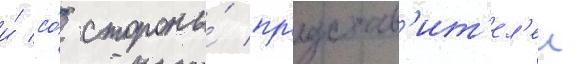
и́ со́ стороны́ пр'едстав'ит'ел'еи